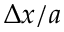
\Delta x / a